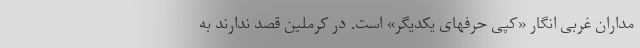
مداران غربی انگار «کپی حرفهای یکدیگر» است. در کرملین قصد ندارند به